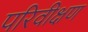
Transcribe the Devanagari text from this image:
परिवीक्षण